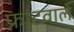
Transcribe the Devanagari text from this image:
फ्रांटवाले